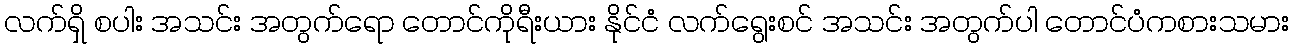
လက်ရှိ စပါး အသင်း အတွက်ရော တောင်ကိုရီးယား နိုင်ငံ လက်ရွေးစင် အသင်း အတွက်ပါ တောင်ပံကစားသမား